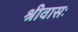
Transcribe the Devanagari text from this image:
श्रीवासः